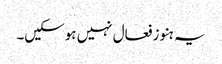
یہ ہنو زفعال نہیں ہوسکیں۔